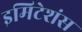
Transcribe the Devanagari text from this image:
इमिटेशंस